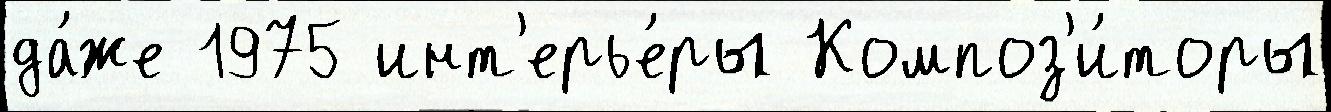
да́же 1975 инт'ерье́ры Композ'и́торы